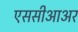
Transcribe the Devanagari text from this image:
एससीआअर